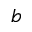
b